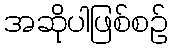
အဆိုပါဖြစ်စဉ်